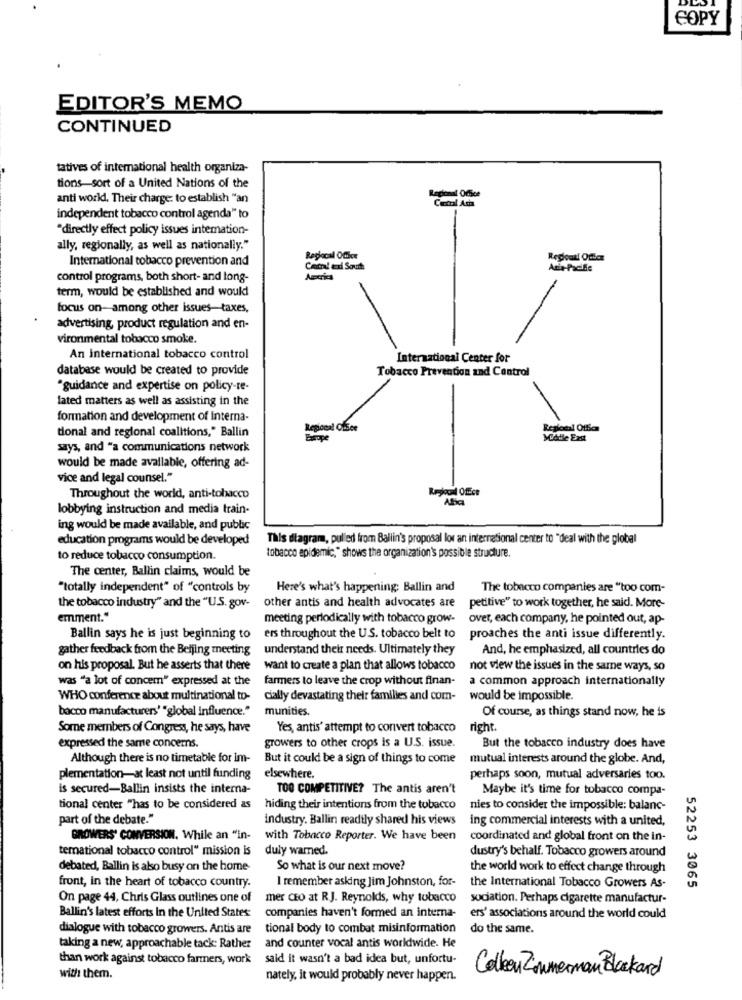
COPY
EDITOR'S MEMO
CONTINUED
tatives of international health organiza-
tions-sort of a United Nations of the
anti world. Their charge: to establish "an
Cemi Acha
independent tobacco control agenda" to
"directly effect policy issues intemation-
ally, regionally, as well as nationally."
International tobacco prevention and
Reglocal Office
Cam! exi South
control programs, both short- and long-
term, would be established and would
focus on-among other issues-taxes,
advertising, product regulation and en-
vironmental tobacco smoke.
An International tobacco control
International Center for
database would be created to provide
Tobacco Prevention and Control
"guidance and expertise on policy-re-
fated matters as well as assisting in the
formation and development of interna-
tional and regional coalitions," Ballin
Middle East
says, and "a communications network
would be made available, offering ad-
vice and legal counsel."
Throughout the world, anti-tobacco
Affica
lobbying instruction and media train-
ing would be made available, and public
education programs would be developed
This diagram, pulled from Ballin's proposal low an international center to "deal with the global
to reduce tobacco consumption.
tobacco epidemic," shows the organization's possible structure.
The center, Ballin claims, would be
"totally independent" of "controls by
Here's what's happening; Ballin and
The tobacco companies are "too com-
the tobacco industry" and the "U.S. gov-
other antis and health advocates are
petitive" to work together, he said. More-
emment."
meeting periodically with tobacco grow-
over, each company, he pointed out, ap-
Ballin says he is just beginning to ers throughout the U.S. tobacco belt to proaches the anti issue differently.
gather feedback from the Beijing meeting understand their needs. Ultimately they
And, he emphasized, all countries do
on his proposal. But he asserts that there
want to create a plan that allows tobacco
not view the issues in the same ways, so
was "a lot of concem" expressed at the
farmers to leave the crop without finan-
a common approach internationally
WHO conference about multinational to-
cially devastating their families and com-
would be impossible.
bacco manufacturers' "global influence."
munities.
Of course, as things stand now, he is
Some members of Congress, he says, have
Yes, antis' attempt to convert tobacco
right.
expressed the same concerns.
growers to other crops is a U.S. issue.
But the tobacco industry does have
Although there is no timetable for im-
But it could be a sign of things to come
mutual interests around the globe. And,
plementation-at least not until funding elsewhere.
perhaps soon, mutual adversaries too.
is secured-Ballin insists the interna-
TOO COMPETITIVE? The antis aren't
Maybe it's time for tobacco compa-
tional center "has to be considered as
hiding their intentions from the tobacco
nies to consider the impossible: balanc-
part of the debate."
industry. Ballin readily shared his views
ing commercial interests with a united,
GROWERS' CONVERSION. While an "in-
with Tobacco Reporter. We have been
coordinated and global front on the in-
temational tobacco control" mission is
duly warned.
dustry's behalf. Tobacco growers around
debated, Ballin is also busy on the home-
So what is our next move?
the world work to effect change through
I remember asking Jim Johnston, for-
front, in the heart of tobacco country.
the International Tobacco Growers As-
52253 3065
On page 44, Chris Glass outlines one of
mer CEO at RJ. Reynolds, why tobacco
sociation. Perhaps cigarette manufactur-
Ballin's latest efforts In the United States:
companies haven't formed an interna-
ers' associations around the world could
dialogue with tobacco growers. Antis are
tional body to combat misinformation
do the same.
taking a new, approachable tack: Rather and counter vocal antis worldwide. He
than work against tobacco farmers, work said it wasn't a bad idea but, unfortu-
Collen Zimmerman Blackard
with them.
nately, it would probably never happen.